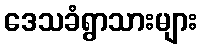
ဒေသခံရွာသားများ